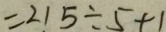
= 2 1 5 \div 5 + 1